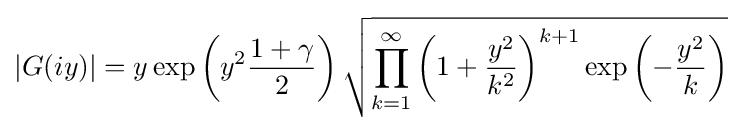
|G(iy)|=y\exp \left(y^{2}{\frac {1+\gamma }{2}}\right){\sqrt {\prod _{k=1}^{\infty }\left(1+{\frac {y^{2}}{k^{2}}}\right)^{k+1}\exp \left(-{\frac {y^{2}}{k}}\right)}}